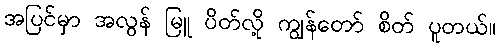
အပြင်မှာ အလွန် မြူ ပိတ်လို့ ကျွန်တော် စိတ် ပူတယ်။